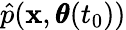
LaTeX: \hat{p}(\mathbf x,\pmb\theta(t_{0}))